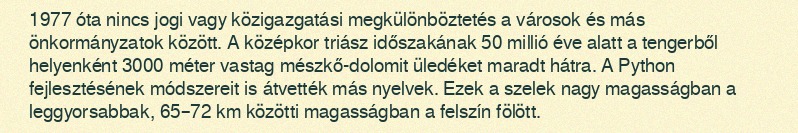
1977 óta nincs jogi vagy közigazgatási megkülönböztetés a városok és más önkormányzatok között. A középkor triász időszakának 50 millió éve alatt a tengerből helyenként 3000 méter vastag mészkő-dolomit üledéket maradt hátra. A Python fejlesztésének módszereit is átvették más nyelvek. Ezek a szelek nagy magasságban a leggyorsabbak, 65–72 km közötti magasságban a felszín fölött.